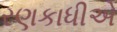
રણકાધીએ